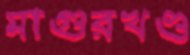
মাগুরখণ্ড